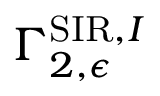
\Gamma _ { 2 , \epsilon } ^ { \mathrm { S I R } , I }